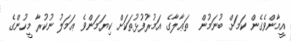
އީމާންވެގެން ކަމަށް ބުނަމުން  ތަޢާލާގެ އަމުރުފުޅުތަކަށް ކިޔަމަންވެ ޢަމަލު ނުކުރާ މީހުންގެ